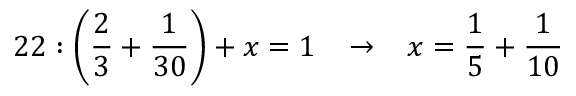
2 2 : { \bigg ( } { \frac { 2 } { 3 } } + { \frac { 1 } { 3 0 } } { \bigg ) } + x = 1 \; \; \; \rightarrow \; \; \; x = { \frac { 1 } { 5 } } + { \frac { 1 } { 1 0 } }